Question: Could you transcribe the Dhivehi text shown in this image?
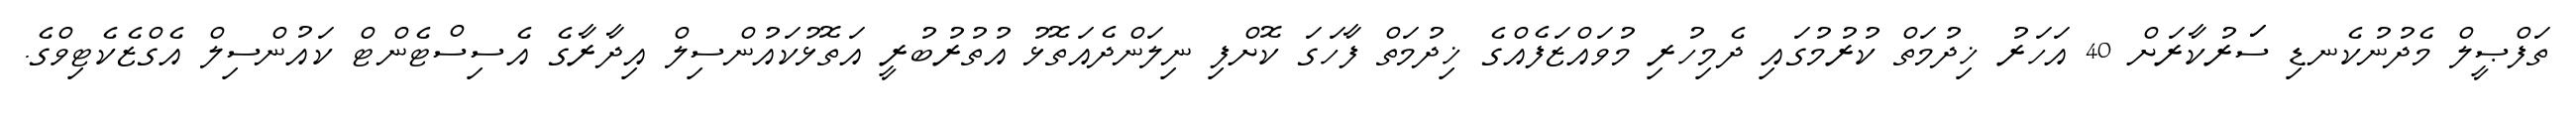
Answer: ތަފްޞީލް މެދުނުކެނޑި ސަަރުކާރަށް 40 އަހަރު ޚިދުމަތް ކުރުމުގައި ދެމިހުރި މުވައްޒަފެއްގެ ޚިދުމަތް ފާހަގަ ކޮށްފި ނިލަންދެއަތޮޅު އުތުރުބުރީ އަތޮޅުކައުންސިލް އިދާރާގެ އެސިސްޓެންޓް ކައުންސިލް އެގްޒެކެޓިވްގެ.